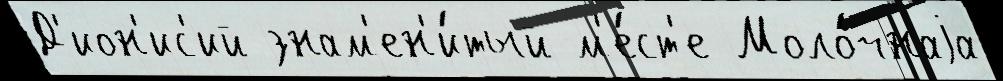
Д'ион'ис'ий знам'ен'и́тый м'е́ст'е Моло́чнаjа